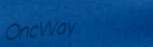
OneWay